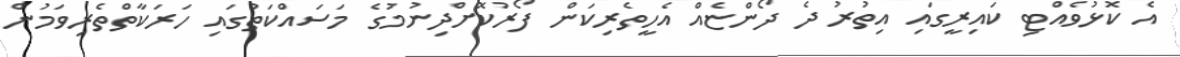
އެ ކޮޅުވެއްޓި ކައިރީގައި އިތުރު ދެ ދޯންޏެއް އެހީތެރިކަން ފޯރުކޮށްދިނުމުގެ މަސައްކަތުގައި ހަރަކާތްތެރިވަމުން